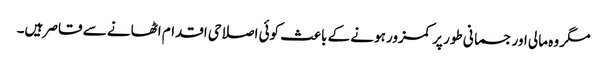
مگر وہ مالی اور جسمانی طور پر کمزور ہونے کے باعث کوئی اصلاحی اقدام اٹھانے سے قاصر ہیں۔